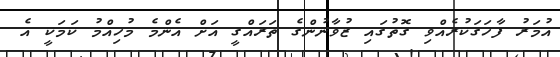
އުމަރު ފާހަގަކުރެއްވި ގޮތުގައި ޒުވާނުންގެ ތަރައްގީ އަށް އެންމެ މުހިއްމު ކަމަކީ އެ